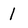
Character: l